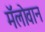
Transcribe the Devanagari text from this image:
मॅलोवान